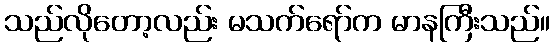
သည်လိုတော့လည်း မသက်ရော်က မာနကြီးသည်။